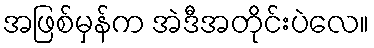
အဖြစ်မှန်က အဲဒီအတိုင်းပဲလေ။